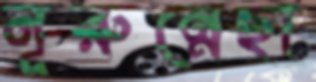
নূরুন্নেছা